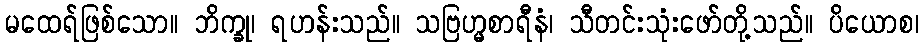
မထေရ်ဖြစ်သော။ ဘိက္ခု၊ ရဟန်းသည်။ သဗြဟ္မစာရီနံ၊ သီတင်းသုံးဖော်တို့သည်။ ပိယောစ၊